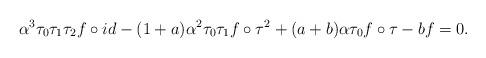
LaTeX: \begin{align*}\alpha^3 \tau_0 \tau_1 \tau_2 f\circ id - (1 + a)\alpha^2 \tau_0 \tau_1 f\circ\tau^2 + (a + b)\alpha \tau_0 f\circ\tau - bf = 0.\end{align*}